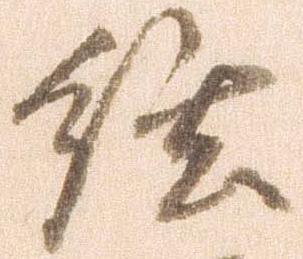
弦